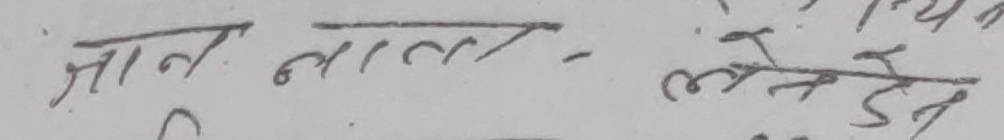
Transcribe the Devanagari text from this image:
जान माल - लेने देने